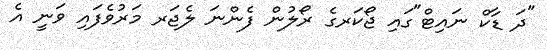
"ދަ ޑާކް ނައިޓް"ގައި ޖޯކަރގެ ރޯލުން ފެންނަ ލެޖަރ މަރުވެފައި ވަނީ އެ